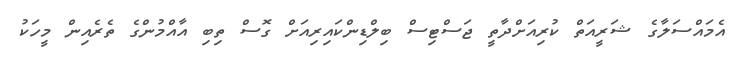
އެމައްސަލާގެ ޝަރީއަތް ކުރިއަށްދާތީ ޖަސްޓިސް ބިލްޑިންކައިރިއަށް ގޮސް ތިބި އާއްމުންގެ ތެރެއިން މީހަކު